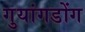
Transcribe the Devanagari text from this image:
गुयांगडोंग